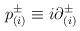
LaTeX: \begin{align*}p_{(i)}^{\pm} \equiv i {\partial}_{(i)}^{\pm}\end{align*}